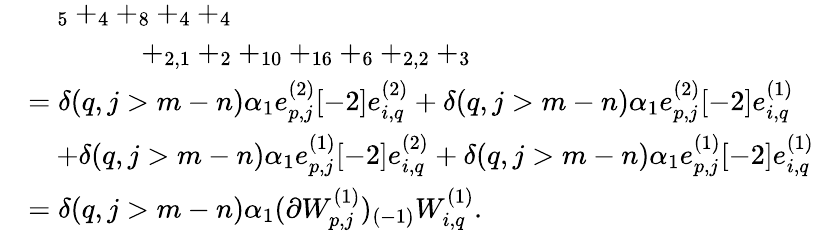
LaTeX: \begin{array}{rl}&{\quad_{5}+_{4}+_{8}+_{4}+_{4}}\\ &{\qquad\qquad+_{2,1}+_{2}+_{10}+_{16}+_{6}+_{2,2}+_{3}}\\ &{=\delta(q,j>m-n)\alpha_{1}e_{p,j}^{(2)}[-2]e_{i,q}^{(2)}+\delta(q,j>m-n)\alpha_{1}e_{p,j}^{(2)}[-2]e_{i,q}^{(1)}}\\ &{\quad+\delta(q,j>m-n)\alpha_{1}e_{p,j}^{(1)}[-2]e_{i,q}^{(2)}+\delta(q,j>m-n)\alpha_{1}e_{p,j}^{(1)}[-2]e_{i,q}^{(1)}}\\ &{=\delta(q,j>m-n)\alpha_{1}(\partial W_{p,j}^{(1)})_{(-1)}W_{i,q}^{(1)}.}\end{array}